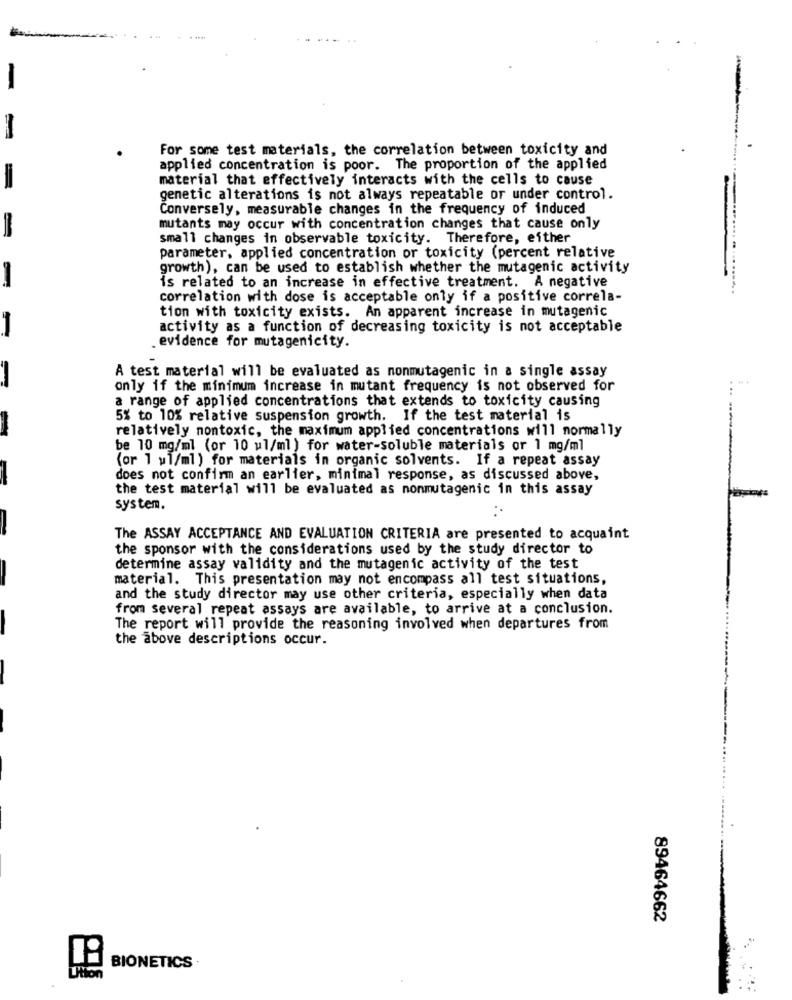
For some test materials, the correlation between toxicity and
applied concentration is poor. The proportion of the applied
material that effectively interacts with the cells to cause
genetic alterations is not always repeatable or under control.
Conversely, measurable changes in the frequency of induced
-
mutants may occur with concentration changes that cause only
small changes in observable toxicity. Therefore, either
.........
parameter, applied concentration or toxicity (percent relative
growth), can be used to establish whether the mutagenic activity
is related to an increase in effective treatment. A negative
..........
correlation with dose is acceptable only if a positive correla-
tion with toxicity exists. An apparent increase in mutagenic
activity as a function of decreasing toxicity is not acceptable
evidence for mutagenicity.
A test material will be evaluated as nonmutagenic in a single assay
only if the minimum increase in mutant frequency is not observed for
a range of applied concentrations that extends to toxicity causing
5% to 10% relative suspension growth. If the test material is
relatively nontoxic, the maximum applied concentrations will normally
be 10 mg/ml (or 10 ul/ml) for water-soluble materials or 1 mg/ml
(or 1 ul/ml ) for materials in organic solvents. If a repeat assay
does not confirm an earlier, minimal response, as discussed above,
the test material will be evaluated as nonmutagenic in this assay
system.
The ASSAY ACCEPTANCE AND EVALUATION CRITERIA are presented to acquaint
the sponsor with the considerations used by the study director to
determine assay validity and the mutagenic activity of the test
material. This presentation may not encompass all test situations,
and the study director may use other criteria, especially when data
from several repeat assays are available, to arrive at a conclusion.
The report will provide the reasoning involved when departures from
the above descriptions occur.
89464662
BIONETICS